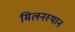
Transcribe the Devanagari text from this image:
मिलनस्थान